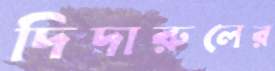
দিদারুলের